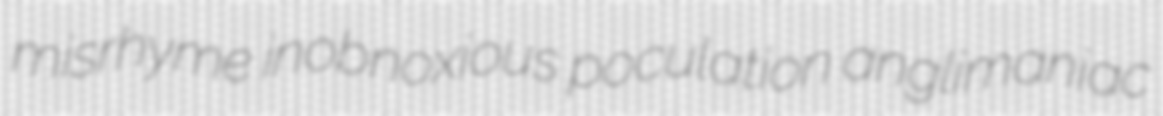
misrhyme inobnoxious poculation anglimaniac